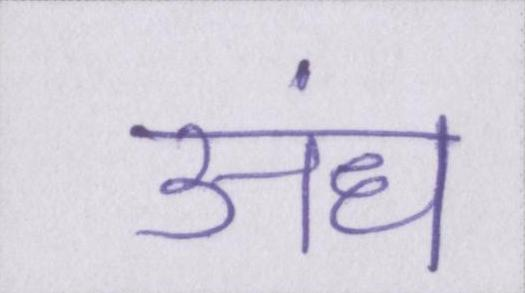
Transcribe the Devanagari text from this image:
अंध